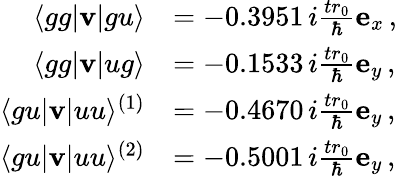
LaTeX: \begin{array}{rl}{\langle gg\vert{\mathbf v}\vert gu\rangle}&{=-0.3951\, i\frac{tr_{0}}{\hbar}{\mathbf e}_{x}\, ,}\\ {\langle gg\vert{\mathbf v}\vert ug\rangle}&{=-0.1533\, i\frac{tr_{0}}{\hbar}{\mathbf e}_{y}\, ,}\\ {\langle gu\vert{\mathbf v}\vert uu\rangle^{(1)}}&{=-0.4670\, i\frac{tr_{0}}{\hbar}{\mathbf e}_{y}\, ,}\\ {\langle gu\vert{\mathbf v}\vert uu\rangle^{(2)}}&{=-0.5001\, i\frac{tr_{0}}{\hbar}{\mathbf e}_{y}\, ,}\end{array}